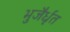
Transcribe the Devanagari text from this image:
भुजैर्धृत